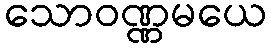
သောဝဏ္ဏမယေ